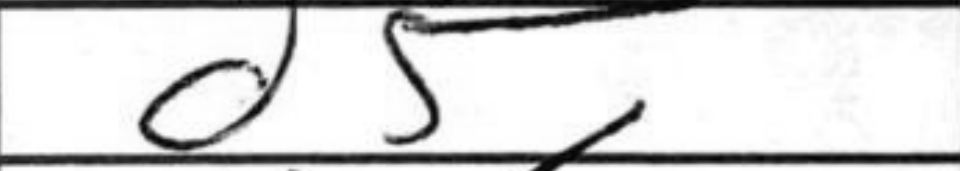
Transcription: d5